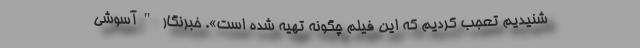
شنیدیم تعجب کردیم که این فیلم چگونه تهیه شده است». خبرنگار "آسوشی